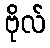
ဗိုလ်